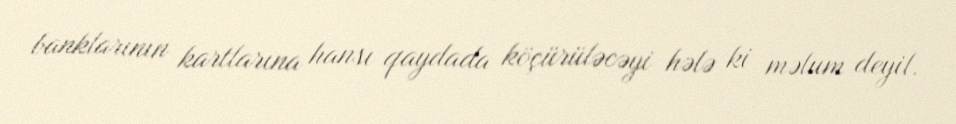
banklarının kartlarına hansı qaydada köçürüləcəyi hələ ki məlum deyil.